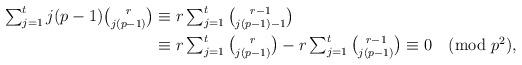
LaTeX: \begin{align*}\textstyle \textstyle \sum_{j=1}^t j(p-1){r \choose j(p-1)} & \textstyle \equiv \textstyle r \sum_{j=1}^t {r-1 \choose j(p-1)-1}\\ & \equiv \textstyle r \sum_{j=1}^t {r \choose j(p-1)} - r \sum_{j=1}^t {r-1 \choose j(p-1)} \equiv 0 \pmod {p^2},\end{align*}